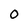
Character: 0